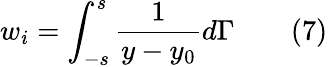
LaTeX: w_{i}=\int_{-s}^{s}{\frac{1}{y-y_{0}}}d\Gamma\qquad(7)